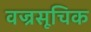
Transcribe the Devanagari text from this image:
वज्रसूचिक